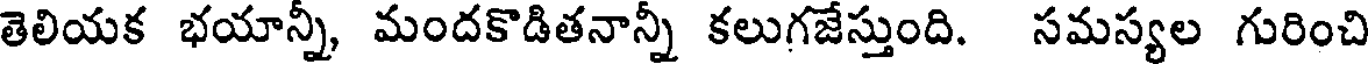
తెలియక భయాన్నీ, మందకొడితనాన్నీ కలుగజేస్తుంది. సమస్యల గురించి